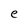
Character: e